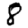
Digit: 8